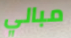
مبالي